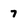
Character: 7